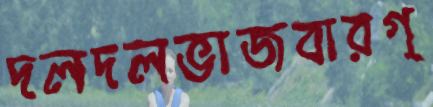
দলদলভাজবারগ্